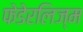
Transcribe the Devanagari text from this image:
फेडेरलिज्म